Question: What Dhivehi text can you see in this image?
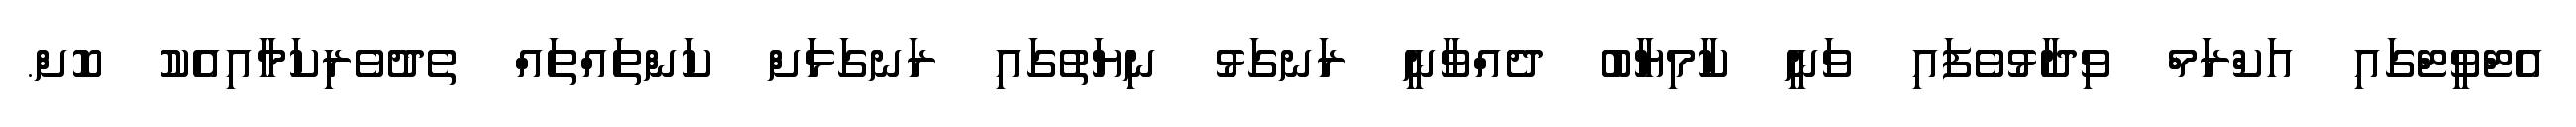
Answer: އެޓްވީޓްގައި އަކްރަމް ވިދާޅުވެފައި ވަނީ ކާމިޔާބު ދެއްވާނީ ރަނގަޅު ނިޔަތުގައި ރަނގަޅަށް ކަންތައްތައް ތެދުވެރިކަމާއިއެކު ކޮށް.